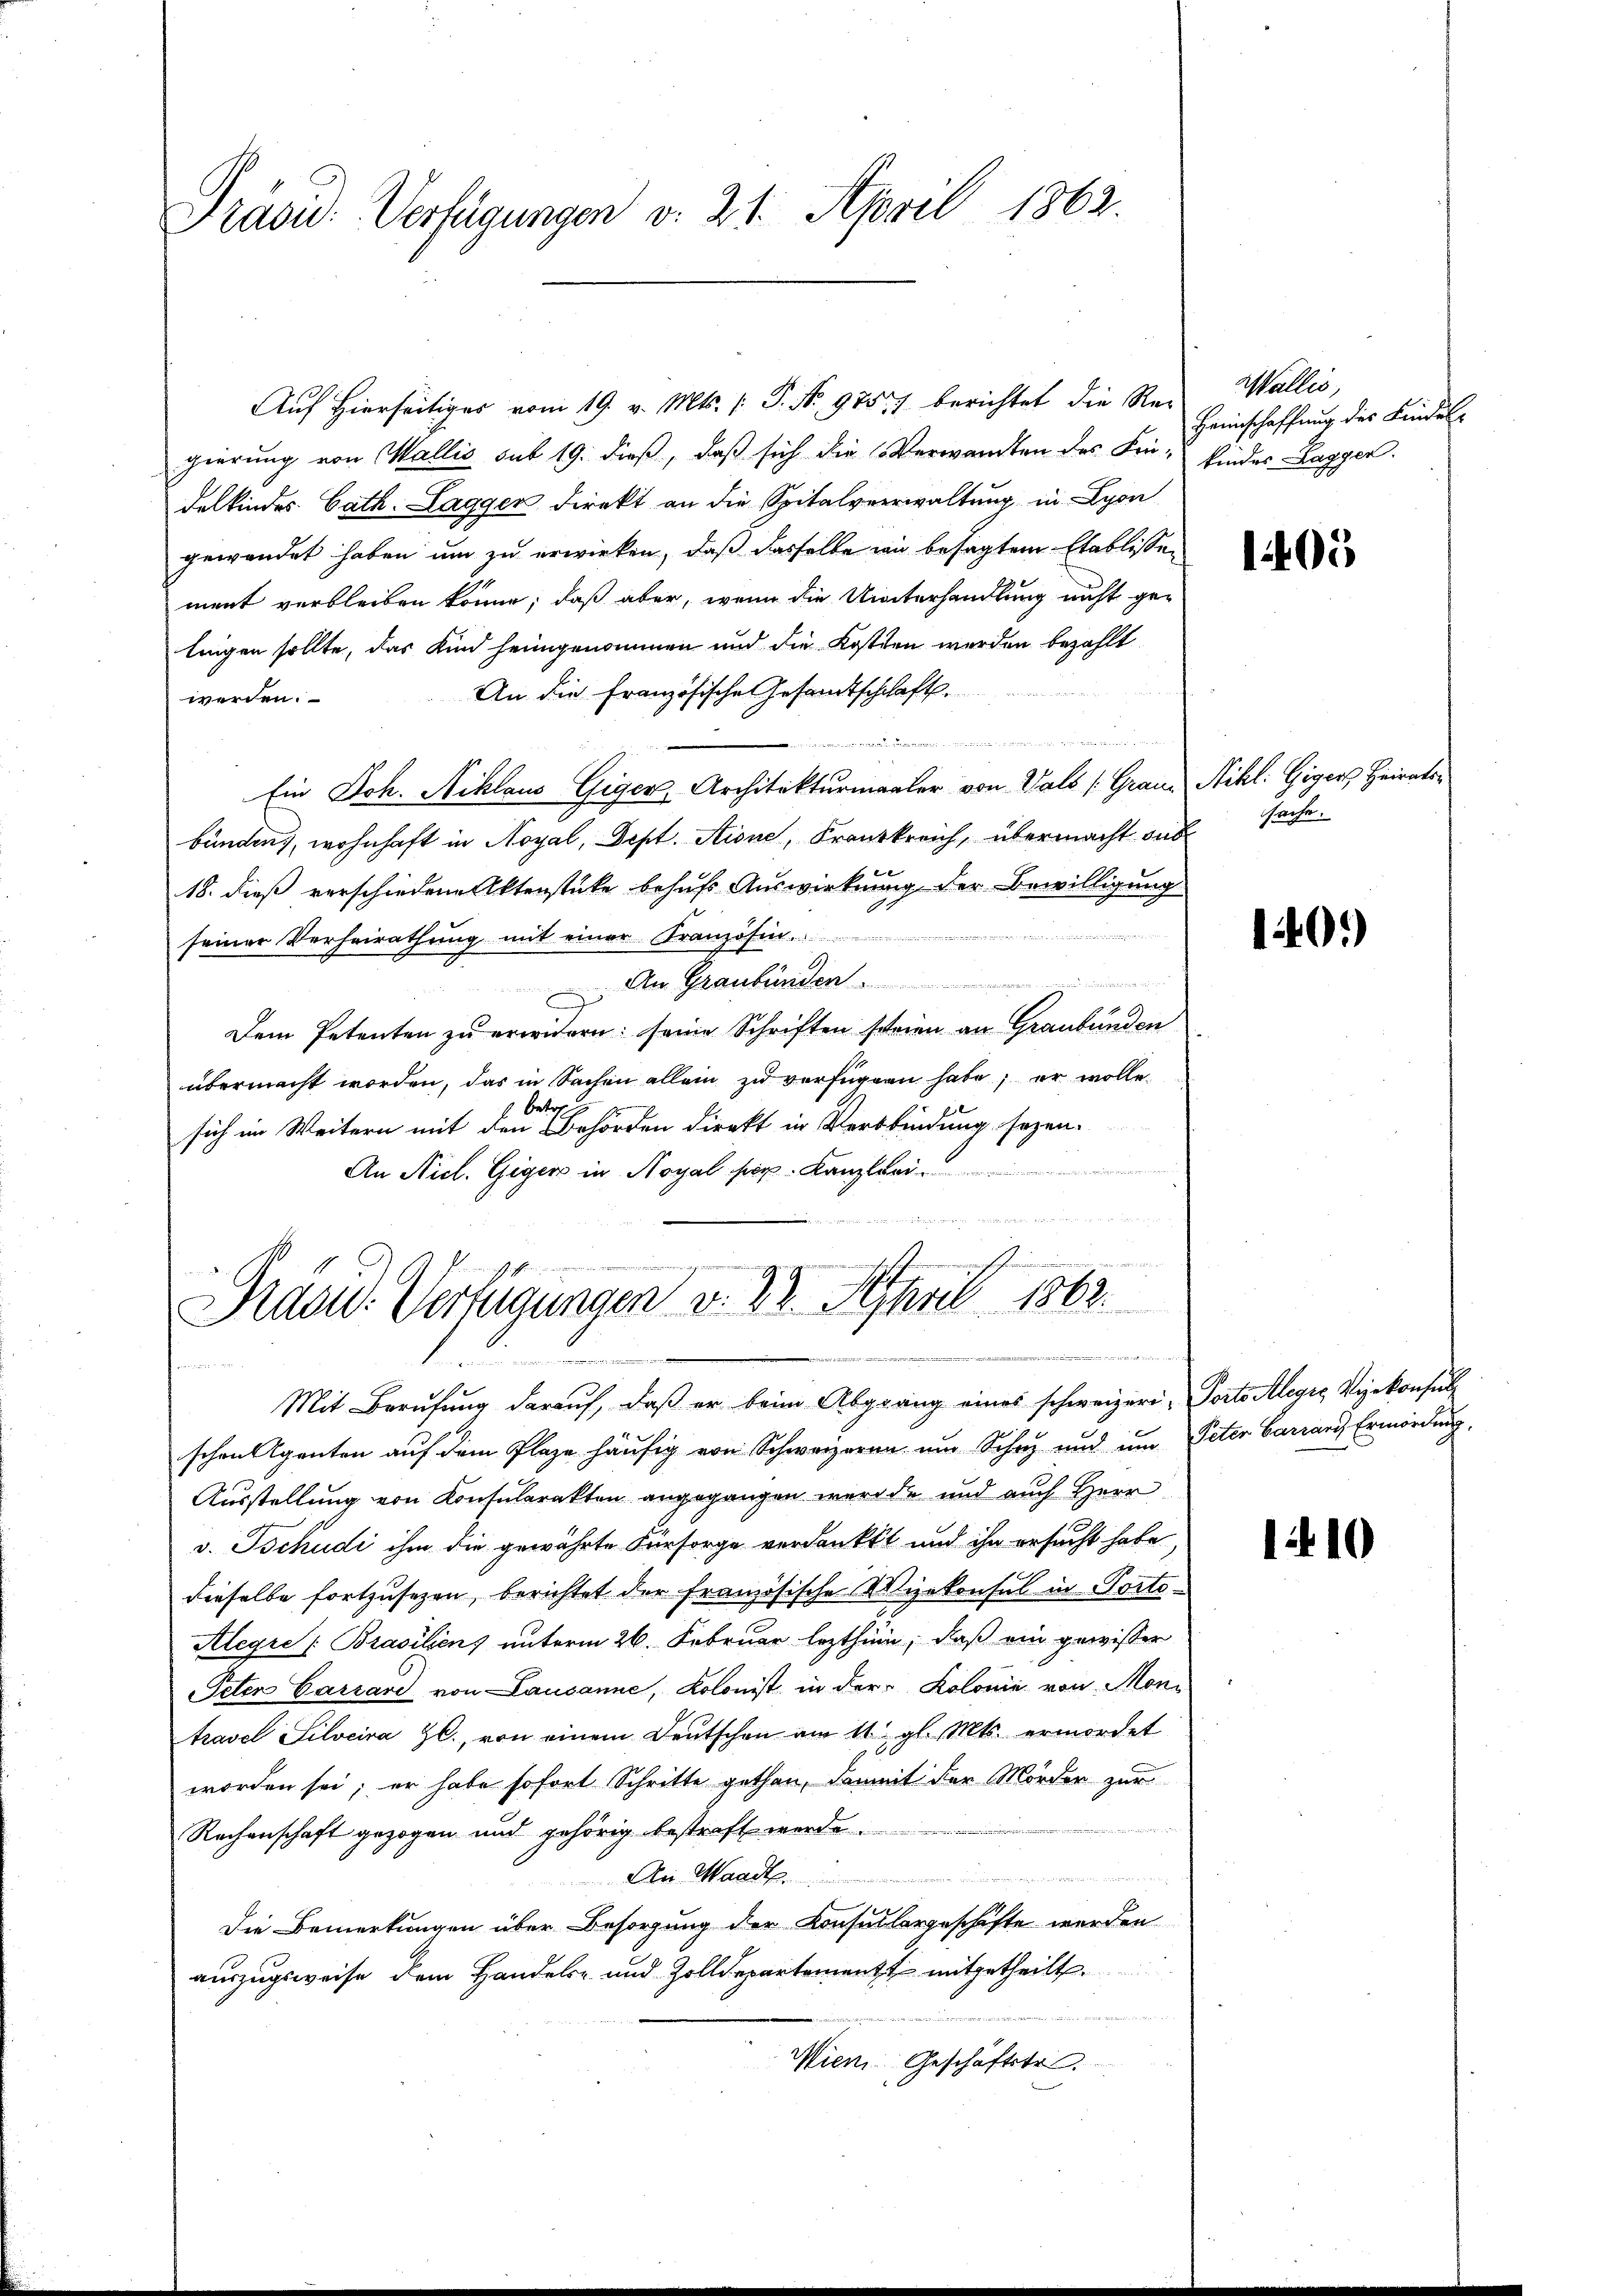
Präsid. Verfügungen v. 21. April 1862.

Auf Hierseitiges vom 19. v. Mts. (: P. Nr. 975, berichtet die Regierung von Wallis sub 19. dieß, daß sich die Verwandten des Fin- Kinder Lagger.
delkindes Cath. Laggen direkt an die Spitalverwaltung in Lyon
gewendet haben um zu erwirken, daß dasselbe wie besagtem Etablissen
ment verbleiben könne; daß aber, wenn die Unterhandlung nicht getingen sollte, das Kind heimgenommen und die Kosten werden bezahlt
An die französische Gesamtschchaft
werden.
           es gegen
Ein Joh. Niklaus Giger Architekturmaler von Vals (Granz Nikl. Gigers Heiratsbünden, wohnhaft in Noyal, Dept. Stione, Frankreich, übermacht dursache.
18. dieß verschiedene Aktenstücke behufs Auswirkung der Bewilligung

seiner Verheirathung mit einer Französin.
An Graubünden .................
Dem Petenten zu erwidern: seine Schriften scheien an Graubünden
übermacht worden, das in Sachen allein zu verfügen habe; er wolle
betre
sich im Weitern mit den Behörden direkt in Verbindung sezen.

An Nicl. Giger in Hoyal par Kanzlei
   124
.

u
Pradu. Verfügungen v. 22. April 1862.

.

Wallis,
Heimschaffung des Bindel

Mit Berufung darauf, daß er beim Abgrang eines schweizeri-Porto Alegio, Vizekonsul
schen Agenten auf dem Plaze häufig von Schwarzeren um Schwyz und um Peter Carrard, Ermordung.
Ausstellung von Konsularakten angegangen werde und auch Herr
v. Tschudi ihm die gewährte Fürsorge verdankt und ihn ersucht habe
dieselbe fortzusetzen, berichtet der französische Wizekonsul in Porto¬
Alegre /: Brasiliens unterm 26. Februar lezthinn, daß ein gewisser
Peten Carrard von Lausanne, Kolonist in der Kolonie von Montravel Silocira ZC., von einem Deutschen am 11. gl. Mts. ermordet
worden sei; er habe sofort Schritte gethan, damit der Mörden zur
Rechenschaft gezogen und gehörig bestraft werde.
d               geschienen von ih
An Waadt.
Die Bemerkungen über Besorgung der Konsuchergeschäfte werden
auszugsweise dem Handels- und Zolldepartement mitgetheilt.
Wien Geschäftstr.

1405

140.)

110